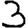
Digit: 3